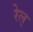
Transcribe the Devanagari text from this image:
रेल्